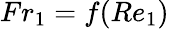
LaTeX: Fr_{1}=f(Re_{1})